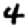
Digit: 4